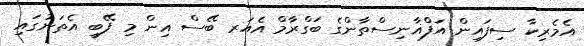
އެމެރިކާ ސިފައިން އަފްޣާނިސްތާންގެ ބަގްރާމް އެއަރ ބޭސް އިން މި ފޭބީ އެތަނުގައި